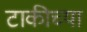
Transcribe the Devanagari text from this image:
टाकीच्या